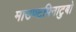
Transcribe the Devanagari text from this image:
माउण्टपिनाटुबो